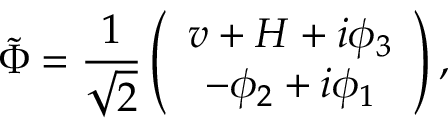
\tilde { \Phi } = \frac { 1 } { \sqrt { 2 } } \left( \begin{array} { c } { { v + H + i \phi _ { 3 } } } \\ { { - \phi _ { 2 } + i \phi _ { 1 } } } \end{array} \right) ,